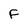
Character: F